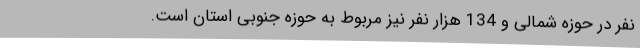
نفر در حوزه شمالی و 134 هزار نفر نیز مربوط به حوزه جنوبی استان است.